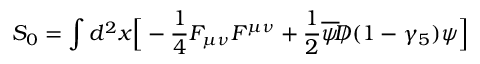
S _ { 0 } = \int d ^ { 2 } x \Big [ - { \frac { 1 } { 4 } } F _ { \mu \nu } F ^ { \mu \nu } + { \frac { 1 } { 2 } } \overline { { \psi } } { \slash \! \! \! \! D } ( 1 - \gamma _ { 5 } ) \psi \Big ]